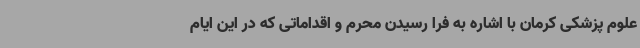
علوم پزشکی کرمان با اشاره به فرا رسیدن محرم و اقداماتی که در این ایام